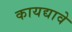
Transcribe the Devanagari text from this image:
कायद्यावे